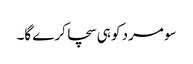
سو مرد کو ہی سچا کرے گا۔